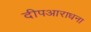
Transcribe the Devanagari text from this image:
दीपआराधना